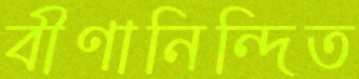
বীণানিন্দিত